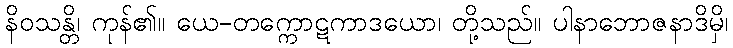
နိဝသန္တိ၊ ကုန်၏။ ယေ-တက္ကောဋကာဒယော၊ တို့သည်။ ပါနာဘောဇနာဒိမှိ၊